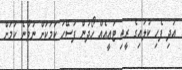
އަދި ފެހި ކުލައިގެ ރީތި ޓައީއެއް ހޯދުން ފަސޭހަ ކަމަކަށް ނުވާނެ ކަމަށް